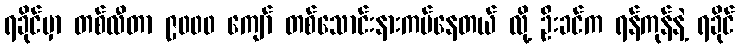
ရခိုင်မှာ တစ်လီတာ ၉၀၀၀ ကျော် တစ်သောင်းနားကပ်နေတယ် လို့ ဦးခင်က ရန်ကုန်နဲ့ ရခိုင်